Report on lock hospitals in British Burma
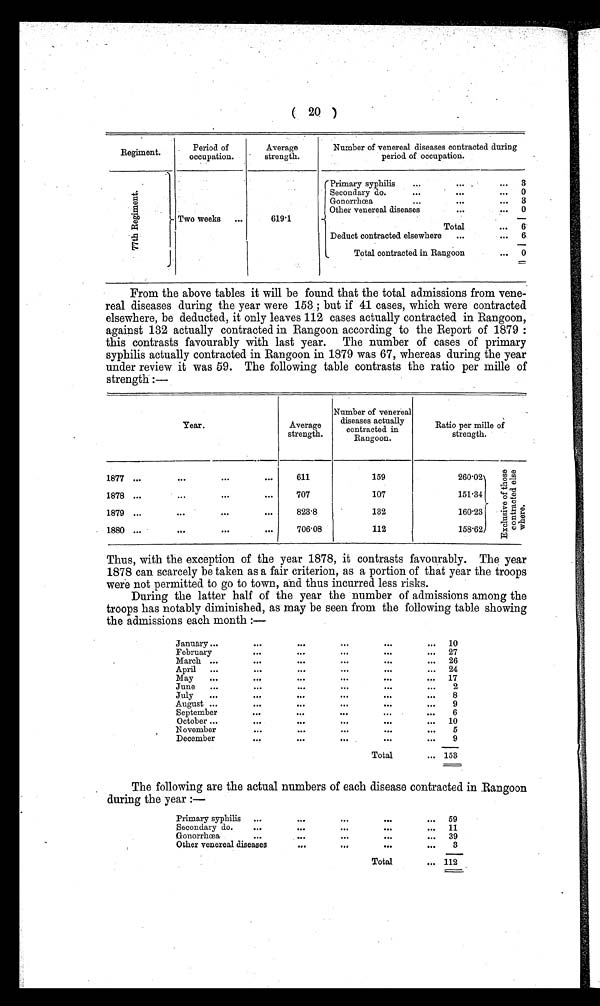
( 20 )
Period of
occupation.
Average
strength.
Number of venereal diseases contracted during
period of occupation.
7 7 t h R e g i m e n t .
Two weeks
...
619.1
Primary syphilis
...
...
Secondary do.
...
...
Gonorrhœa
. . .
. . . . . .
Other venereal diseases
. . .
Total
Deduct contracted elsewhere
...
Total contracted in Rangoon
...
...
...
...
...
...
3
0
3
0
—
6
0
From the above tables it will be found that the total admissions from vene-
real diseases during the year were 153 ; but if 41 cases, which were contracted
elsewhere, be deducted, it only leaves 112 cases actually contracted in Rangoon,
against 132 actually contracted in Rangoon according to the Report of 1879 :
this contrasts favourably with last year. The number of cases of primary
syphilis actually contracted in Rangoon in 1879 was 67, whereas during the year
under review it was 59. The following table contrasts the ratio per mille of
strength :—
Year.
Average
strength.
Number of venereal
diseases actually
contracted in
Rangoon.
Ratio per mine of
strength.
1877 ...
. . .
. . .
. . .
611
159
260.02
151.34
160.23
158.62
E x c l u s i v e o f t h o s e c o n t r a c t e d e l s e w h e r e .
1878 ...
. . .
. . .
. . .
707
107
1879 ...
. . .
. . .
. . .
823.8
1 3 2
1880 ...
. . .
. . .
. . .
706.08
112
Thus, with the exception of the year 1878, it contrasts favourably. The year
1878 can scarcely be taken as a fair criterion, as a portion of that year the troops
were not permitted to go to town, and thus incurred less risks.
During the latter half of the year the number of admissions among the
troops has notably diminished, as may be seen from the following table showing
the admissions each month :
January ...
. . .
. . .
. . .
. . .
. . .
10
February
. . .
. . .
. . .
. . .
...
27
March ...
. . .
. . .
. . .
. . .
. . .
26
Ap ril
...
. . .
. . .
. . .
. .
24
M ay
...
. . .
. . .
. . .
. . .
. .
17
June
...
. . .
. . .
. . .
...
. . .
2
July
...
. . .
. . .
. . .
. . .
. . .
8
August ...
. . .
. . .
. . .
. . .
. . .
9
S eptember
. . .
. . .
. . .
...
. . .
6
October ...
. . .
. . .
. . .
. . .
. . .
10
N ovember
. . .
. . .
. . .
. . .
. . .
5
December
. . .
. . .
. . .
. . .
. . .
9
Total
. . . 153
The following are the actual numbers of each disease contracted in Rangoon
during the year :—
Primary syphilis
...
. . .
. . .
. . .
...
59
Secondary do.
. . .
. . .
. . .
...
11
Gonorrhœa
...
...
. . .
39
Other venereal diseases
. . .
. . .
. . .
. . .
3
Total
... 112